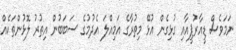
ނަމަވެސް ޑީއާރުޕީއާއި ގުޅިގެން އުޅޭ މިތުރާގެ އަމިއްލަ އެދުމުގެ ސަބަބުން އިތުރު ލޮޅުންތަކެއް